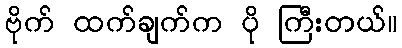
ဗိုက် ထက်ချက်က ပို ကြီးတယ်။